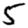
Digit: 5